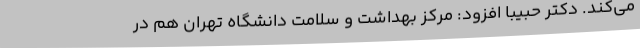
می‌کند. دکتر حبیبا افزود: مرکز بهداشت و سلامت دانشگاه تهران هم در